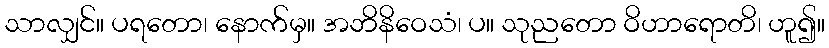
သာလျှင်။ ပရတော၊ နောက်မှ။ အဘိနိဝေသံ၊ ပ။ သုညတော ဝိဟာရောတိ၊ ဟူ၍။